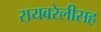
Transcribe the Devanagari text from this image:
रायबरेलीसह